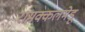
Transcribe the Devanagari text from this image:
रामक्कलमेडू